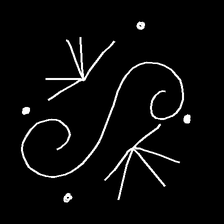
Glyph: aeroform